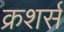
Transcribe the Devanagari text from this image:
क्रशर्स